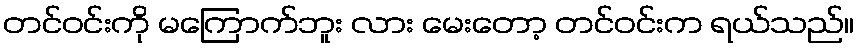
တင်ဝင်းကို မကြောက်ဘူး လား မေးတော့ တင်ဝင်းက ရယ်သည်။